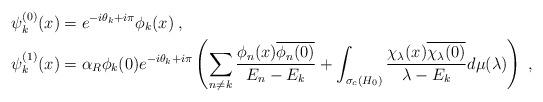
LaTeX: \begin{align*} \psi_{k}^{(0)}(x) & = e^{-i \theta_k + i \pi} \phi_{k}(x) \;, \\ \psi_{k}^{(1)}(x) & = \alpha_R \phi_k(0) e^{-i \theta_k + i \pi} \left( \sum_{n \neq k} \frac{\phi_n(x) \overline{\phi_n(0)}}{E_n-E_k} + \int_{\sigma_c(H_0)} \frac{\chi_{\lambda}(x) \overline{\chi_{\lambda}(0)}}{\lambda- E_k} d \mu(\lambda) \right) \;, \end{align*}